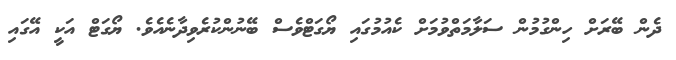
ދެން ބޭރަށް ހިންގުމުން ސަލާމަތްވުމަށް ކެއުމުގައި ޔޯގަޓްވެސް ބޭނުންކުރެވިދާނެއެވެ. ޔޯގަޓް އަކީ އޭގައި